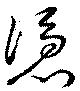
憑